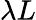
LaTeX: \lambda L